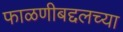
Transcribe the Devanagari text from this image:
फाळणीबद्दलच्या